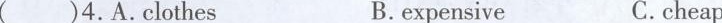
( )4.A.Clothes B.expensive C.cheap